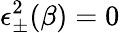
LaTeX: \epsilon_{\pm}^{2}(\beta)=0